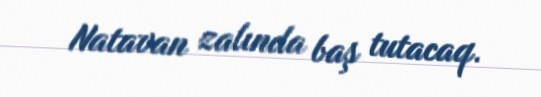
Natavan zalında baş tutacaq.